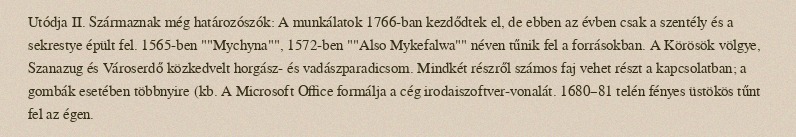
Utódja II. Származnak még határozószók: A munkálatok 1766-ban kezdődtek el, de ebben az évben csak a szentély és a sekrestye épült fel. 1565-ben ""Mychyna"", 1572-ben ""Also Mykefalwa"" néven tűnik fel a forrásokban. A Körösök völgye, Szanazug és Városerdő közkedvelt horgász- és vadászparadicsom. Mindkét részről számos faj vehet részt a kapcsolatban; a gombák esetében többnyire (kb. A Microsoft Office formálja a cég irodaiszoftver-vonalát. 1680–81 telén fényes üstökös tűnt fel az égen.